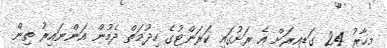
މިހާރު 24 ގަޑިއިރަށް އެ ރަށުގައި ކަރަންޓުގެ ހިދުމަތް ދެމުން އަންނައިރު ތިން